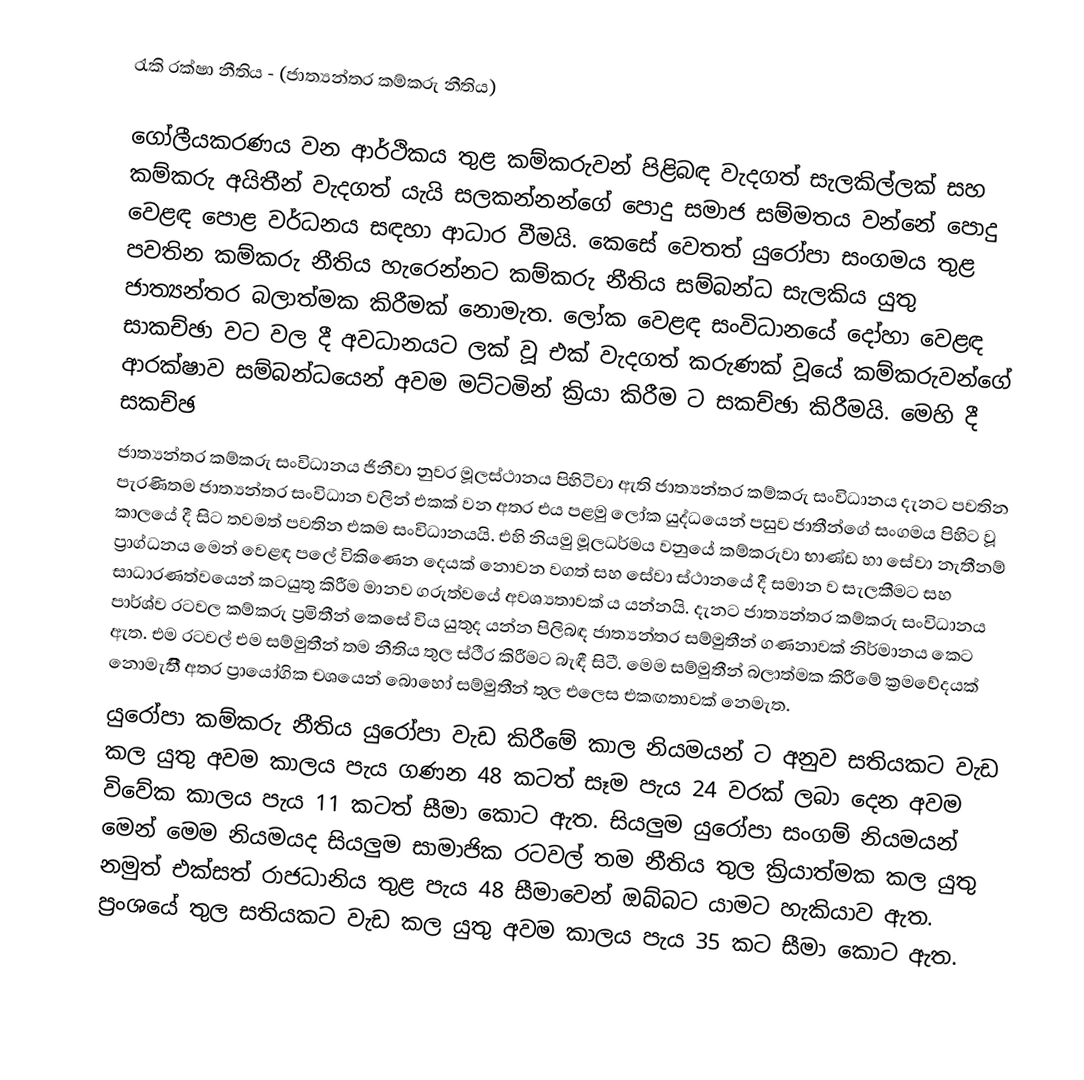
රැකි රක්ෂා නීතිය - (ජාත්‍යන්තර කම්කරු නීතිය)

ගෝලීයකරණය වන ආර්ථිකය තුළ කම්කරුවන් පිළිබඳ වැදගත් සැලකිල්ලක් සහ කම්කරු අයිතීන් වැදගත් යැයි සලකන්නන්ගේ පොදු සමාජ සම්මතය වන්නේ පොදු වෙළඳ පොළ වර්ධනය සඳහා ආධාර වීමයි. කෙසේ වෙතත් යුරෝපා සංගමය තුළ පවතින කම්කරු නීතිය හැරෙන්නට කම්කරු නීතිය සම්බන්ධ සැලකිය යුතු ජාත්‍යන්තර බලාත්මක කිරීමක් නොමැත. ලෝක වෙළඳ සංවිධානයේ දෝහා වෙළඳ සාකච්ඡා වට වල දී අවධානයට ලක් වූ එක් වැදගත් කරුණක් වූයේ කම්කරුවන්ගේ ආරක්ෂාව සම්බන්ධයෙන් අවම මට්ටමින් ක්‍රියා කිරීම ට සකච්ඡා කිරීමයි.  මෙහි දී සකච්ඡ
ජාත්‍යන්තර කම්කරු සංවිධානය ජිනීවා නුවර මූලස්ථානය පිහිටිවා ඇති ජාත්‍යන්තර කම්කරු සංවිධානය දැනට පවතින පැරණිතම ජාත්‍යන්තර සංවිධාන වලින් එකක් වන අතර එය පළමු ලෝක යුද්ධයෙන් පසුව ජාතීන්ගේ සංගමය පිහිට වූ කාලයේ දී සිට තවමත් පවතින එකම සංවිධානයයි. එහි නියමු මූලධර්මය වනුයේ කම්කරුවා භාණ්ඩ හා සේවා නැතීනම් ප්‍රාග්ධනය මෙන් වෙළඳ පලේ විකිණෙන දෙයක් නොවන වගත් සහ සේවා ස්ථානයේ දී සමාන ව සැලකීමට සහ සාධාරණත්වයෙන් කටයුතු කිරීම මානව ගරුත්වයේ අවශ්‍යතාවක් ය යන්නයි. දැනට ජාත්‍යන්තර කම්කරු සංවිධානය පාර්ශ්ව රටවල කම්කරු ප්‍රමිතීන් කෙසේ විය යුතුද යන්න පිලිබඳ ජාත්‍යන්තර සම්මුතීන් ගණනාවක් නිර්මානය කෙට ඇත. එම රටවල් එම සම්මුතීන් තම නීතිය තුල ස්ථීර කිරීමට බැඳී සිටී. මෙම සම්මුතීන් බලාත්මක කිරීමේ ක්‍රමවේදයක් නොමැතීි අතර ප්‍රායෝගික චශයෙන් බොහෝ සම්මුතීන් තුල එලෙස එකඟතාවක් නෙමැත.
යුරෝපා කම්කරු නීතිය යුරෝපා වැඩ කිරීමේ කාල නියමයන් ට අනුව සතියකට වැඩ කල යුතු අවම කාලය පැය ගණන 48 කටත් සෑම පැය 24 වරක් ලබා දෙන අවම විවේක කාලය පැය 11 කටත් සීමා කොට ඇත. සියලුම යුරෝපා සංගම් නියමයන් මෙන් මෙම නියමයද සියලුම සාමාජික රටවල් තම නීතිය තුල ක්‍රියාත්මක කල යුතු නමුත් එක්සත් රාජධානිය තුළ පැය 48 සීමාවෙන් ඔබ්බට යාමට හැකියාව ඇත. ප්‍රංශයේ තුල සතියකට වැඩ කල යුතු අවම කාලය පැය 35 කට සීමා කොට ඇත.